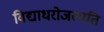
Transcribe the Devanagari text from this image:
विद्याधरोजस्पति